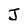
Character: J